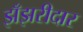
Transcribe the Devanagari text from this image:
झँझरीदार